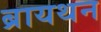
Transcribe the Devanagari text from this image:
ब्रायथन